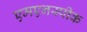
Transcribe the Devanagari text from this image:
एमएनस्पीक